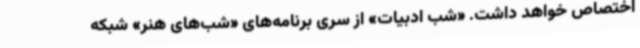
اختصاص خواهد داشت. «شب ادبیات» از سری برنامه‌های «شب‌های هنر» شبکه